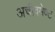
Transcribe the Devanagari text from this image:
अचीवमेण्ट